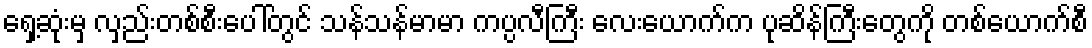
ရှေ့ဆုံးမှ လှည်းတစ်စီးပေါ်တွင် သန်သန်မာမာ ကပ္ပလီကြီး လေးယောက်က ပုဆိန်ကြီးတွေကို တစ်ယောက်စီ